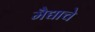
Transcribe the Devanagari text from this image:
मैद्याचे